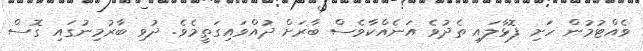
ވެއްޓުމުން ހަށި ފޮޅާލައި ތެދުވެ އަނެއްކާވެސް ބާރަށް ދުއްވައިގަތީމެވެ. ދުވި ބާރުމިނުގައި ގޮސް